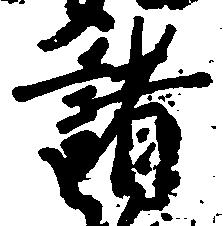
諸